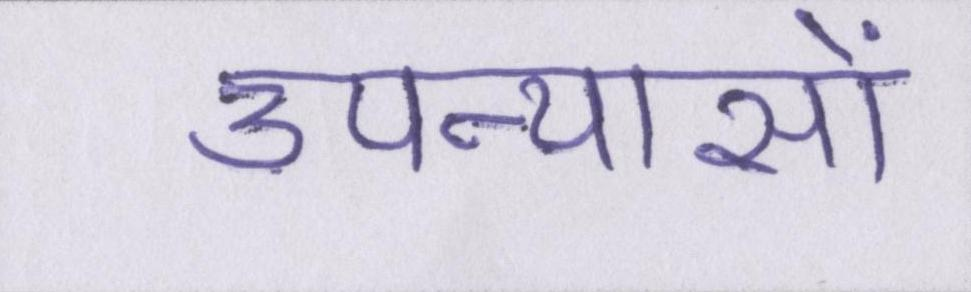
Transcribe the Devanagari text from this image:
उपन्यासों